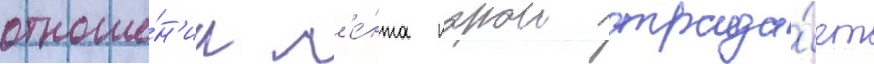
отноше́н'ии л'е́нта порои страда́ет